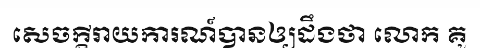
សេចក្តីរាយការណ៍បានឲ្យដឹងថា លោក គូ